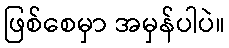
ဖြစ်စေမှာ အမှန်ပါပဲ။